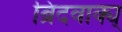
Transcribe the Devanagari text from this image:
ब्रिदवाक्य्